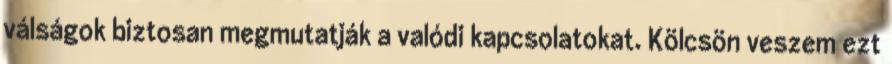
válságok biztosan megmutatják a valódi kapcsolatokat. Kölcsön veszem ezt